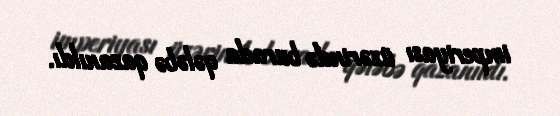
imperiyası üzərində burada qələbə qazanıldı.